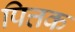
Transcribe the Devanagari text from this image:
पित्तक